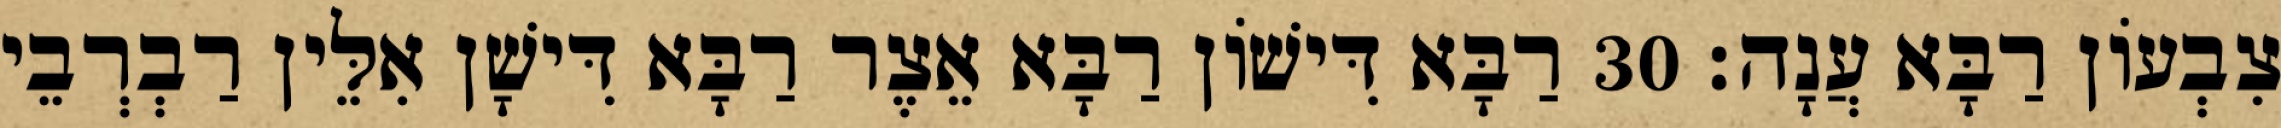
צִבְעוֹן רַבָּא עֲנָה׃ 30 רַבָּא דִּישׁוֹן רַבָּא אֵצֶר רַבָּא דִּישָׁן אִלֵּין רַבְרְבֵי